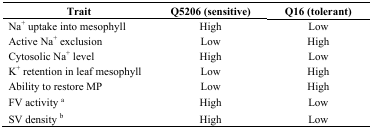
<table><thead><tr><td><b>Trait</b></td><td><b>Q5206 (sensitive)</b></td><td><b>Q16 (tolerant)</b></td></tr></thead><tbody><tr><td>Na<sup>+</sup> uptake into mesophyll</td><td>High</td><td>Low</td></tr><tr><td>Active Na<sup>+</sup> exclusion</td><td>Low</td><td>High</td></tr><tr><td>Cytosolic Na<sup>+</sup> level</td><td>High</td><td>Low</td></tr><tr><td>K<sup>+</sup> retention in leaf mesophyll</td><td>Low</td><td>High</td></tr><tr><td>Ability to restore MP</td><td>Low</td><td>High</td></tr><tr><td>FV activity a</td><td>High</td><td>Low</td></tr><tr><td>SV density b</td><td>High</td><td>Low</td></tr></tbody></table>